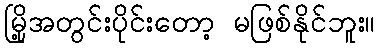
မြို့အတွင်းပိုင်းတော့ မဖြစ်နိုင်ဘူး။